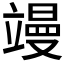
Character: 𮄸